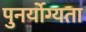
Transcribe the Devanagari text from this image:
पुनर्योग्यता